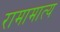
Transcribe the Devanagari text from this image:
रामामात्य